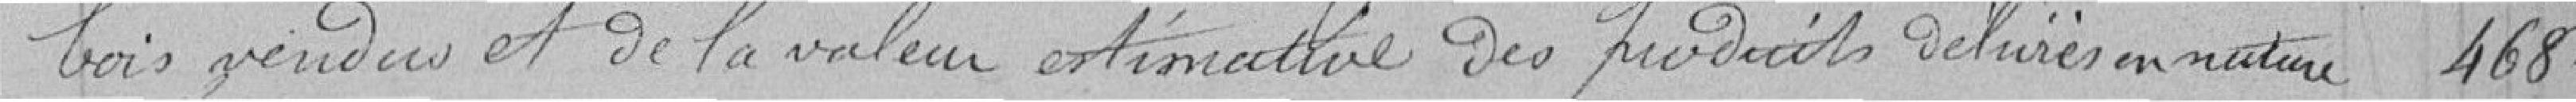
bois vendus et de la valeur estimative des produits délivrés en nature 468